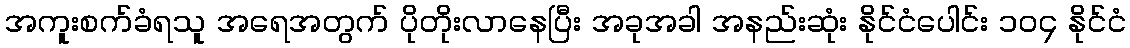
အကူးစက်ခံရသူ အရေအတွက် ပိုတိုးလာနေပြီး အခုအခါ အနည်းဆုံး နိုင်ငံပေါင်း ၁၀၄ နိုင်ငံ